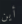
أين